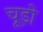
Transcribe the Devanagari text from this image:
चूड़ो